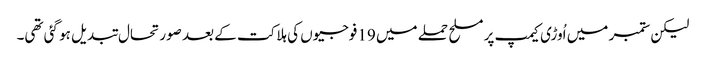
لیکن ستمبر میں اُوڑی کیمپ پر مسلح حملے میں 19فوجیوں کی ہلاکت کے بعد صورتحال تبدیل ہو گئی تھی۔